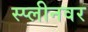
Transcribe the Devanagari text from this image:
स्प्लीनवर